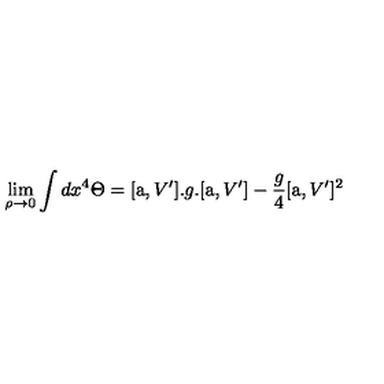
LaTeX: \lim _ { \rho \to 0 } \int d x ^ { 4 } \Theta = [ \mathrm { \Large a } , V ^ { \prime } ] . g . [ \mathrm { \Large a } , V ^ { \prime } ] - \frac { g } { 4 } [ \mathrm { \Large a } , V ^ { \prime } ] ^ { 2 }